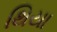
થિયા